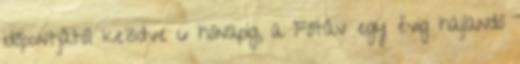
időpontjától kezdve 6 hónapig, a Főtáv egy évig hajlandó